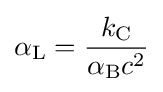
\alpha _{\rm {L}}={\frac {k_{\rm {C}}}{\alpha _{\rm {B}}c^{2}}}